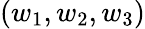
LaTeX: (w_{1},w_{2},w_{3})